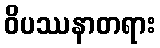
ဝိပဿနာတရား